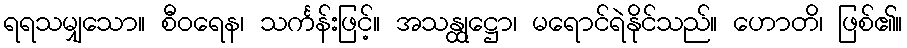
ရရသမျှသော။ စီဝရေန၊ သင်္ကန်းဖြင့်။ အသန္ထုဋ္ဌော၊ မရောင်ရဲနိုင်သည်။ ဟောတိ၊ ဖြစ်၏။